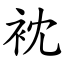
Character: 衴